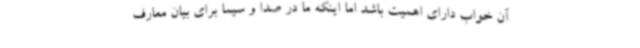
آن خواب دارای اهمیت باشد اما اینکه ما در صدا و سیما برای بیان معارف